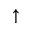
\uparrow